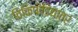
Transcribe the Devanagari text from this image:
विकिपीडियातर